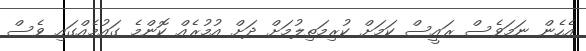
އެހެން ނަމަވެސް ރައީސް ކަމަށް ކުރިމަތިލުމަށް ދަށް އުމުރެއް ކޮންމެ ގައުމެއްގައި ވެސް